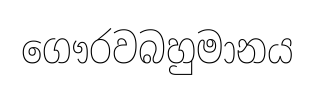
ගෞරවබහුමානය